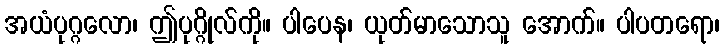
အယံပုဂ္ဂလော၊ ဤပုဂ္ဂိုလ်ကို။ ပါပေန၊ ယုတ်မာသောသူ အောက်။ ပါပတရော၊